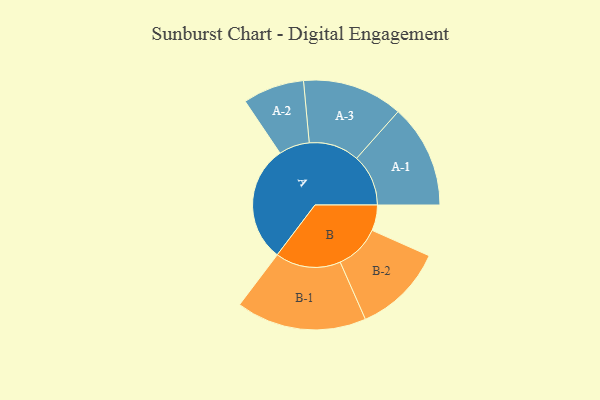
{"axis": {"x": "Segment", "y": "Value"}, "legend": ["", "A", "B"], "data": [{"x": "A", "y": 482, "type": ""}, {"x": "B", "y": 106, "type": ""}, {"x": "A-1", "y": 214, "type": "A"}, {"x": "A-2", "y": 127, "type": "A"}, {"x": "A-3", "y": 208, "type": "A"}, {"x": "B-1", "y": 270, "type": "B"}, {"x": "B-2", "y": 187, "type": "B"}]}